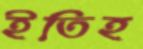
ইতিহ